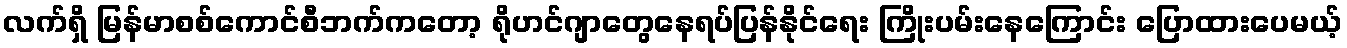
လက်ရှိ မြန်မာစစ်ကောင်စီဘက်ကတော့ ရိုဟင်ဂျာတွေနေရပ်ပြန်နိုင်ရေး ကြိုးပမ်းနေကြောင်း ပြောထားပေမယ့်